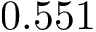
0 . 5 5 1